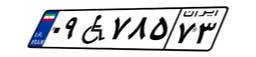
۸۶W۵۰۴۷۳